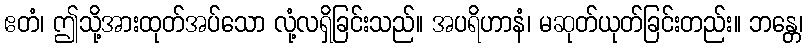
ဧတံ၊ ဤသို့အားထုတ်အပ်သော လုံ့လရှိခြင်းသည်။ အပရိဟာနံ၊ မဆုတ်ယုတ်ခြင်းတည်း။ ဘန္တေ၊